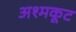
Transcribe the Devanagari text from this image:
अश्मकूट